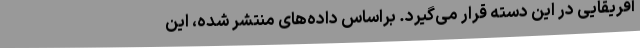
آفریقایی در این دسته قرار می‌گیرد. براساس داده‌های منتشر شده، این